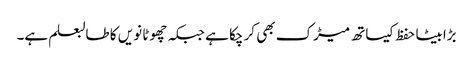
بڑابیٹا حفظ کیساتھ میڑک بھی کر چکا ہے جبکہ چھوٹا نویں کا طالبعلم ہے۔